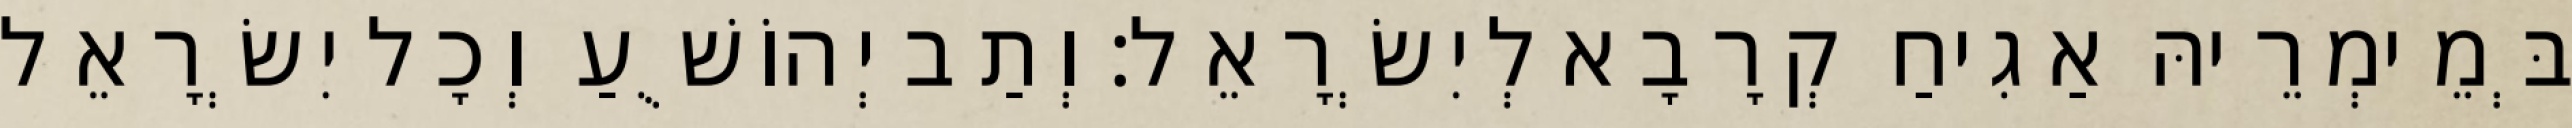
בְּמֵימְרֵיהּ אַגִיחַ קְרָבָא לְיִשְׂרָאֵל׃ וְתַב יְהוֹשֻׁעַ וְכָל יִשְׂרָאֵל